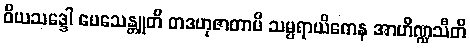
ဝိယသဒ္ဒေါ ပေသေန္တူတိ တဒဟုဇာတာပိ သမ္ပရာယိကေန အာဟိဏ္ဍသီတိ